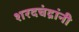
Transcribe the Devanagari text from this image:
शरदचंद्रांनी